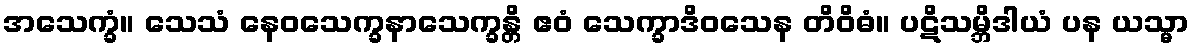
အသေက္ခံ။ သေသံ နေဝသေက္ခနာသေက္ခန္တိ ဧဝံ သေက္ခာဒိဝသေန တိဝိဓံ။ ပဋိသမ္ဘိဒါယံ ပန ယသ္မာ